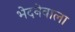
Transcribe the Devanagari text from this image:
भेदनेवाला